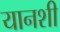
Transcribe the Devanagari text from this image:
यानशी